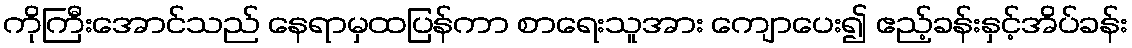
ကိုကြီးအောင်သည် နေရာမှထပြန်ကာ စာရေးသူအား ကျောပေး၍ ဧည့်ခန်းနှင့်အိပ်ခန်း